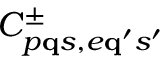
C _ { p { \bf q } s , e { \bf q } ^ { \prime } s ^ { \prime } } ^ { \pm }